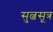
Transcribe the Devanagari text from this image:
सुल्वसूत्र